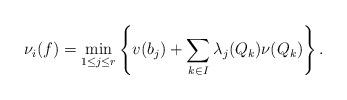
LaTeX: \begin{align*}\nu_i(f)=\min_{1\leq j\leq r}\left\{v(b_j)+\sum_{k\in I}\lambda_j(Q_k)\nu(Q_k)\right\}.\end{align*}